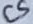
Text: C5